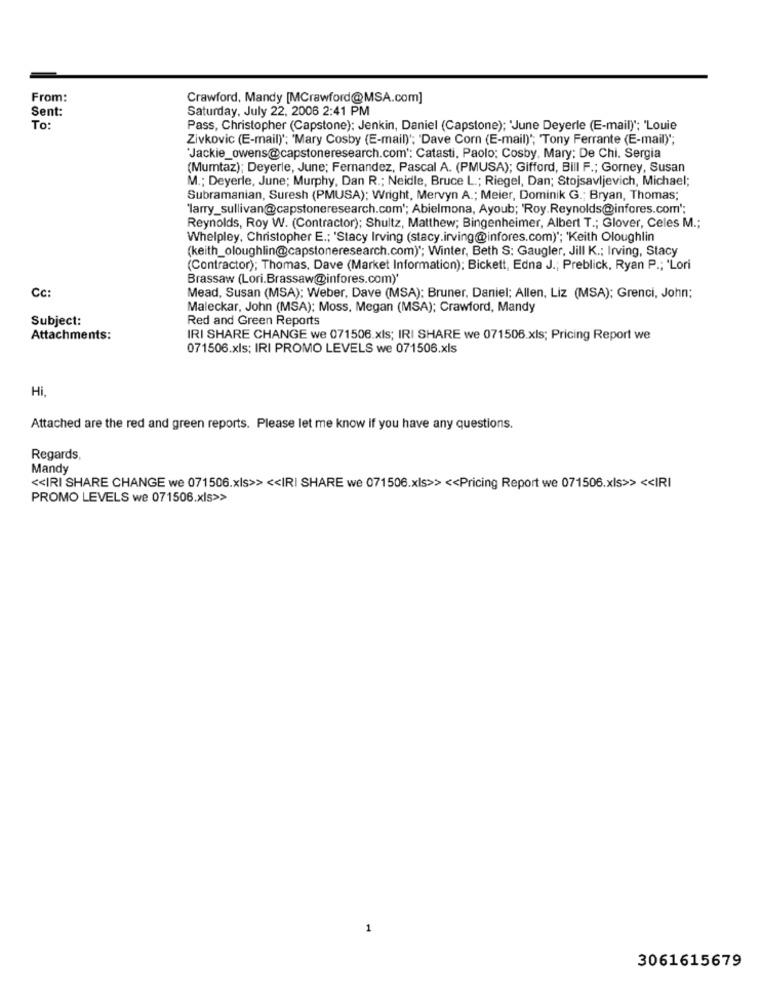
From:
Crawford, Mandy [MCrawford@MSA.com]
Sent:
Saturday, July 22, 2006 2:41 PM
To:
Pass, Christopher (Capstone): Jenkin, Daniel (Capstone); 'June Deyerle (E-mail)': 'Louie
Zivkovic (E-mail)'; 'Mary Cosby (E-mail)'; 'Dave Corn (E-mail)"; Tony Ferrante (E-mail)";
"Jackie_owens@capstoneresearch.com': Catasti, Paolo; Cosby. Mary; De Chi. Sergia
(Mumtaz); Deyerle, June; Fernandez, Pascal A. (PMUSA); Gifford, Bill F .; Gorney, Susan
M .; Deyerle, June; Murphy, Dan R .; Neidle, Bruce L .; Riegel, Dan; Stojsavljevich, Michael;
Subramanian, Suresh (PMUSA); Wright, Mervyn A .; Meier, Dominik G .; Bryan, Thomas;
'larry_sullivan@capstoneresearch.com'; Abielmona, Ayoub; 'Roy. Reynolds@infores.com';
Reynolds, Roy W. (Contractor); Shultz, Matthew; Bingenheimer, Albert T .; Glover, Celes M .;
Whelpley, Christopher E .; 'Stacy Irving (stacy.irving@infores.com) *; 'Keith Oloughlin
(keith_oloughlin@capstoneresearch.com) *; Winter, Beth S: Gaugler, Jill K .; Irving, Stacy
(Contractor); Thomas, Dave (Market Information); Bickett, Edna J .; Preblick, Ryan P .; 'Lori
Brassaw (Lori.Brassaw@infores.com)*
Cc:
Mead, Susan (MSA): Weber, Dave (MSA); Bruner, Daniel; Allen, Liz (MSA); Grenci, John;
Maleckar, John (MSA); Moss, Megan (MSA); Crawford, Mandy
Subject:
Red and Green Reports
Attachments:
IRI SHARE CHANGE we 071506.xls; IRI SHARE we 071506.xls; Pricing Report we
071506.xls; IRI PROMO LEVELS we 071506.xls
Hi
Attached are the red and green reports. Please let me know if you have any questions.
Regards,
Mandy
<< IRI SHARE CHANGE we 071506.xls>> << IRI SHARE we 071506.xls>> << Pricing Report we 071506.xls>> << IRI
PROMO LEVELS we 071506.xls>>
1
3061615679